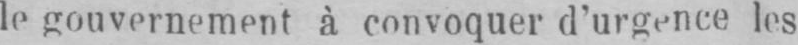
le gouvernement à convoquer d’urgence les